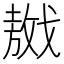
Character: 𢧴